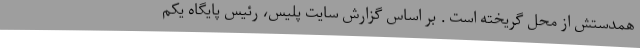
همدستش از محل گریخته است . بر اساس گزارش سایت پلیس، رئیس پایگاه یکم